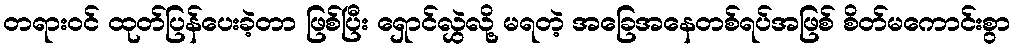
တရားဝင် ထုတ်ပြန်ပေးခဲ့တာ ဖြစ်ပြီး ရှောင်လွှဲလို့ မရတဲ့ အခြေအနေတစ်ရပ်အဖြစ် စိတ်မကောင်းစွာ